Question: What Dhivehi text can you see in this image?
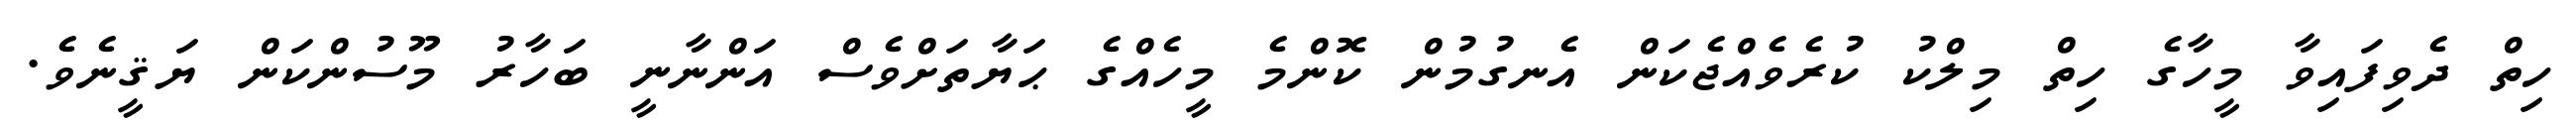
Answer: ހިތް ދެވިފައިވާ މީހާގެ ހިތް މިލްކު ކުރެވެއްޖެކަން އެނގުމުން ކޮންމެ މީހެއްގެ ޙަޔާތަށްވެސް އަންނާނީ ބަހާރު މޫސުންކަން ޔަޤީނެވެ.